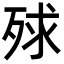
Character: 殏